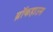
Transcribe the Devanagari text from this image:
ब्रॉकहाउस